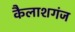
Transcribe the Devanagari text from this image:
कैलाशगंज